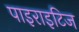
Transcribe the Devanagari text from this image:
पाइराइटिज